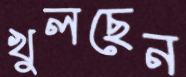
খুলছেন